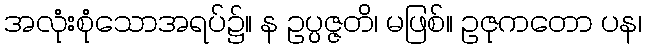
အလုံးစုံသောအရပ်၌။ န ဥပ္ပဇ္ဇတိ၊ မဖြစ်။ ဥဇုကတော ပန၊